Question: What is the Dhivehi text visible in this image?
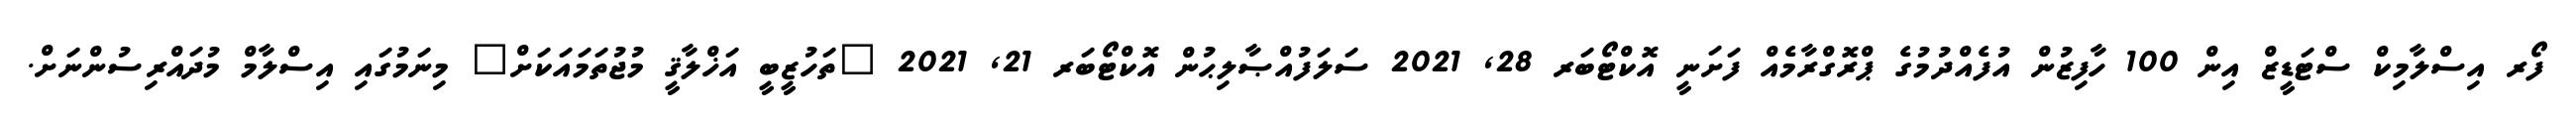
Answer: ފޯރ އިސްލާމިކް ސްޓަޑީޒް އިން 100 ހާފިޒުން އުފެއްދުމުގެ ޕްރޮގްރާމެއް ފަށަނީ އޮކްޓޯބަރ 28, 2021 ސަލަފުއްޞާލިޙުން އޮކްޓޯބަރ 21, 2021 "ތަހުޒީބީ އަޚްލާޤީ މުޖުތަމައަކަށް" މިނަމުގައި އިސްލާމް މުދައްރިސުންނަށް.